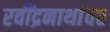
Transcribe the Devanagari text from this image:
रवींद्रनाथांवर